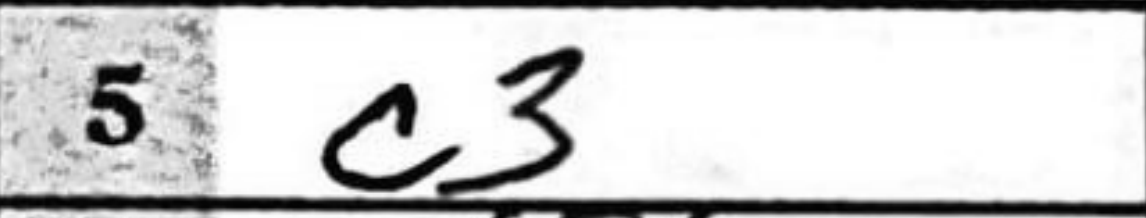
Transcription: c3